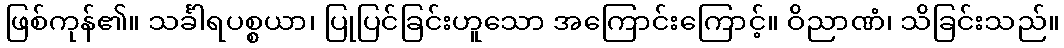
ဖြစ်ကုန်၏။ သင်္ခါရပစ္စယာ၊ ပြုပြင်ခြင်းဟူသော အကြောင်းကြောင့်။ ဝိညာဏံ၊ သိခြင်းသည်။